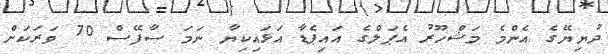
ދުޔިޔޭގެ އެންމެ މަޝްހޫރު އެޕަލްގެ އައިޕެޑާ އަޅައިކިޔާ ނަމަ ސާފޭސް 70 ވަރަކަށް